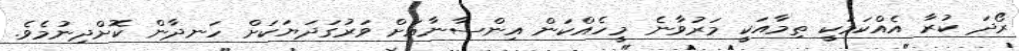
ރޯދަ ކުރާ އެއްކަމަކީ ތިމާއަކީ މަރުވާނެ މީހެއްކަން އިންސާނާއަށް ވަރުގަދަޔަކަށް ހަނދާން ކޮށްދިނުމެވެ.